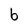
Character: b